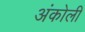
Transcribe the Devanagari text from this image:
अंकोली